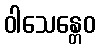
ဝါသေန္တေဝ